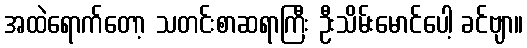
အထဲရောက်တော့ သတင်းစာဆရာကြီး ဦးသိမ်းမောင်ပေါ့ ခင်ဗျာ။